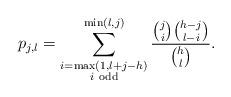
LaTeX: \begin{align*}p_{j,l} =\sum_{\substack{i=\max(1,l+j-h)\\ i~\textrm{odd}}} ^{ \min (l,j)} \frac{ \binom{j}{i} \binom{h-j}{l-i} } { \binom{h}{l} }.\end{align*}